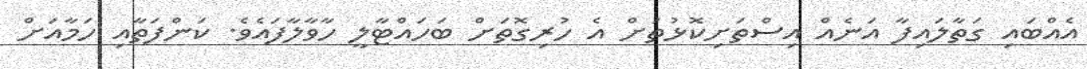
އެއްބައި ގަތާލައިފާ އަނެއް އިސްތަށިކޮޅުތަށް އެ ހުރިގޮތަށް ބަހައްޓާލީ ހާވާލާފައެވެ. ކަންފަތާއި ހަމާއަށް